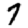
Digit: 7